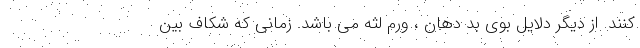
کنند. از دیگر دلایل بوی بد دهان ، ورم لثه می باشد. زمانی که شکاف بین